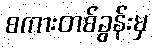
စကားတစ်ခွန်းမှ